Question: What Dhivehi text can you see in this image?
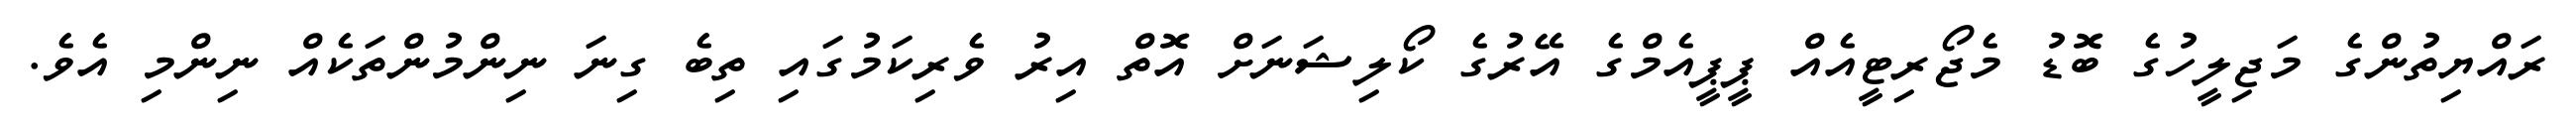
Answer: ރައްޔިތުންގެ މަޖިލީހުގެ ބޮޑު މެޖޯރިޓީއެއް ޕީޕީއެމްގެ އޭރުގެ ކޯލިޝަނަށް އޮތް އިރު ވެރިކަމުގައި ތިބެ ގިނަ ނިންމުންތަކެއް ނިންމި އެވެ.